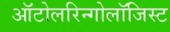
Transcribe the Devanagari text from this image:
ऑटोलरिन्गोलॉजिस्ट